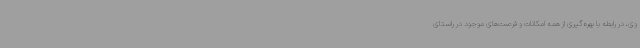
وی، در رابطه با بهره‌گیری از همه امکانات و فرصت‌های موجود در راستای